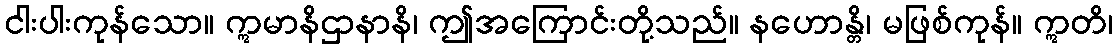
ငါးပါးကုန်သော။ ဣမာနိဌာနာနိ၊ ဤအကြောင်းတို့သည်။ နဟောန္တိ၊ မဖြစ်ကုန်။ ဣတိ၊